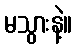
မသွားနဲ့။